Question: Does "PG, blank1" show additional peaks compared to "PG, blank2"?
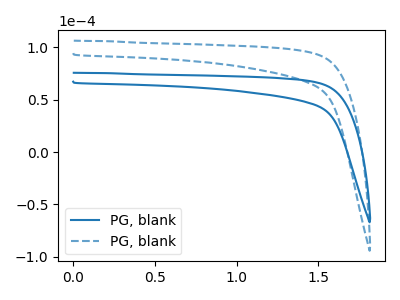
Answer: <think>The blue curve "PG, blank1" has no peaks. The blue dashed curve "PG, blank2" has no peaks.
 Neither "PG, blank1" or "PG, blank2" have any peaks.</think>
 <answer>No, "PG, blank1" and "PG, blank2" don't appear to be significantly different in shape</answer>
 <eval>no_change</eval>